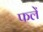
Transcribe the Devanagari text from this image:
फलें